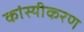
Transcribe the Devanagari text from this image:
कांस्यीकरण